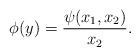
LaTeX: \begin{align*}\phi(y)= \frac{\psi(x_{1}, x_{2})}{x_{2}}.\end{align*}